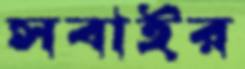
সবাইর